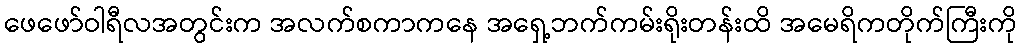
ဖေဖော်ဝါရီလအတွင်းက အလက်စကာကနေ အရှေ့ဘက်ကမ်းရိုးတန်းထိ အမေရိကတိုက်ကြီးကို